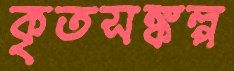
কৃতসঙ্কল্প